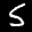
Label: 5